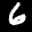
Label: 6